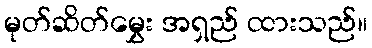
မုတ်ဆိတ်မွှေး အရှည် ထားသည်။